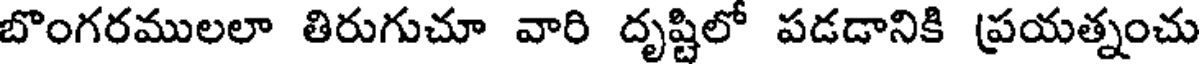
బొంగరములలా తిరుగుచూ వారి దృష్టిలో పడడానికి ప్రయత్నంచు